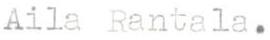
Aila Rantala.